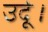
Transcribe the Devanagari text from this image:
उर्दू।